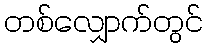
တစ်လျှောက်တွင်